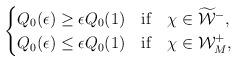
LaTeX: \begin{align*}\begin{cases}Q_{0}(\epsilon)\geq\epsilon Q_{0}(1)\quad\mbox{if}\quad\chi\in\widetilde{\mathcal{W}}^{-},\\Q_{0}(\epsilon)\leq\epsilon Q_{0}(1)\quad\mbox{if}\quad\chi\in\mathcal{W}_M^{+},\end{cases}\end{align*}